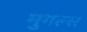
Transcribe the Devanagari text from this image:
मुगल्स